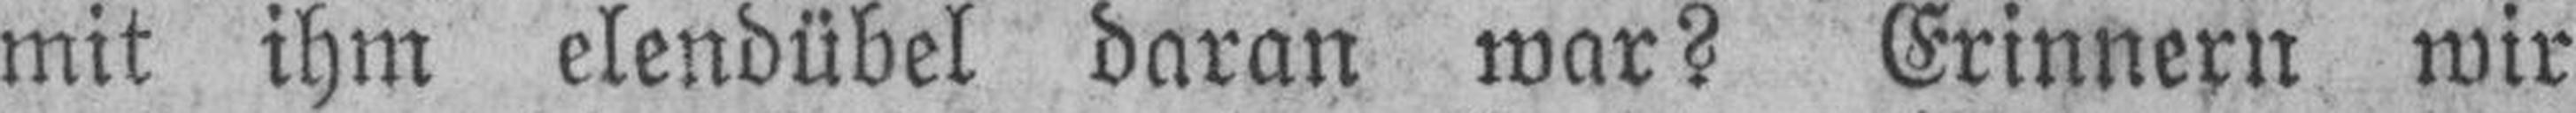
mit ihm elendübel daran war? Erinnern wir